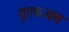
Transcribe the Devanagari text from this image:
यूएफओस